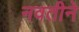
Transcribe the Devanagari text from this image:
नवतीने